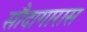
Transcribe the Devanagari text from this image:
सौदागारास